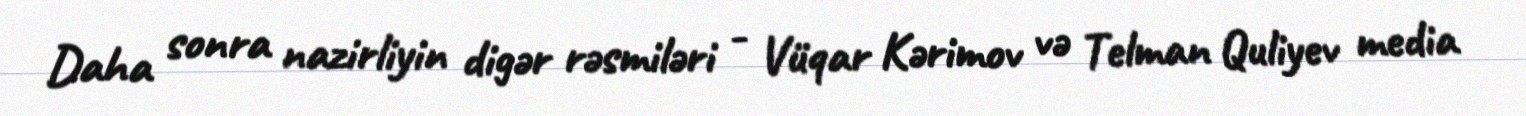
Daha sonra nazirliyin digər rəsmiləri - Vüqar Kərimov və Telman Quliyev media